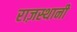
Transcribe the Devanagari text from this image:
राज़स्थानी